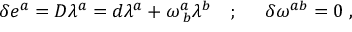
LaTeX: \begin{array} { l l l } { { \delta e ^ { a } = D \lambda ^ { a } = d \lambda ^ { a } + \omega _ { \; b } ^ { a } \lambda ^ { b } } } & { { ; \; \; } } & { { \delta \omega ^ { a b } = 0 \; , } } \end{array}